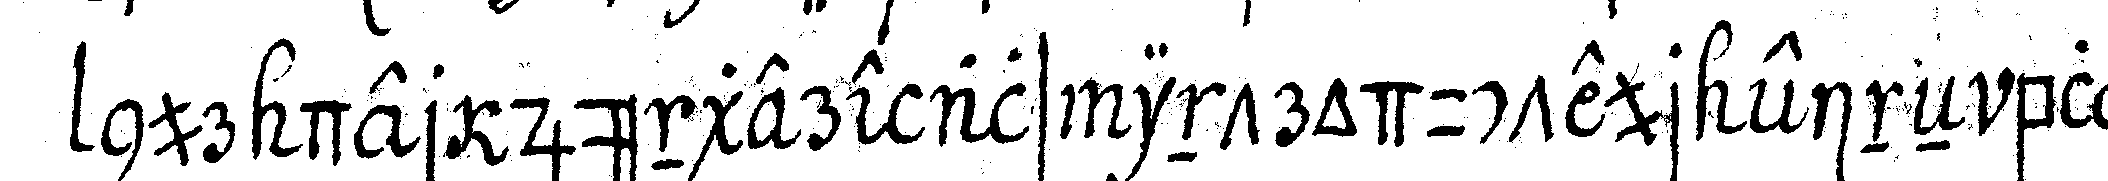
nur der jüngere als introducteur eineN bloss